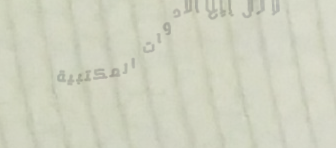
محل بيع الأدوات المكتبية